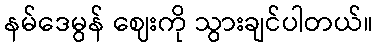
နမ်ဒေမွန် ဈေးကို သွားချင်ပါတယ်။